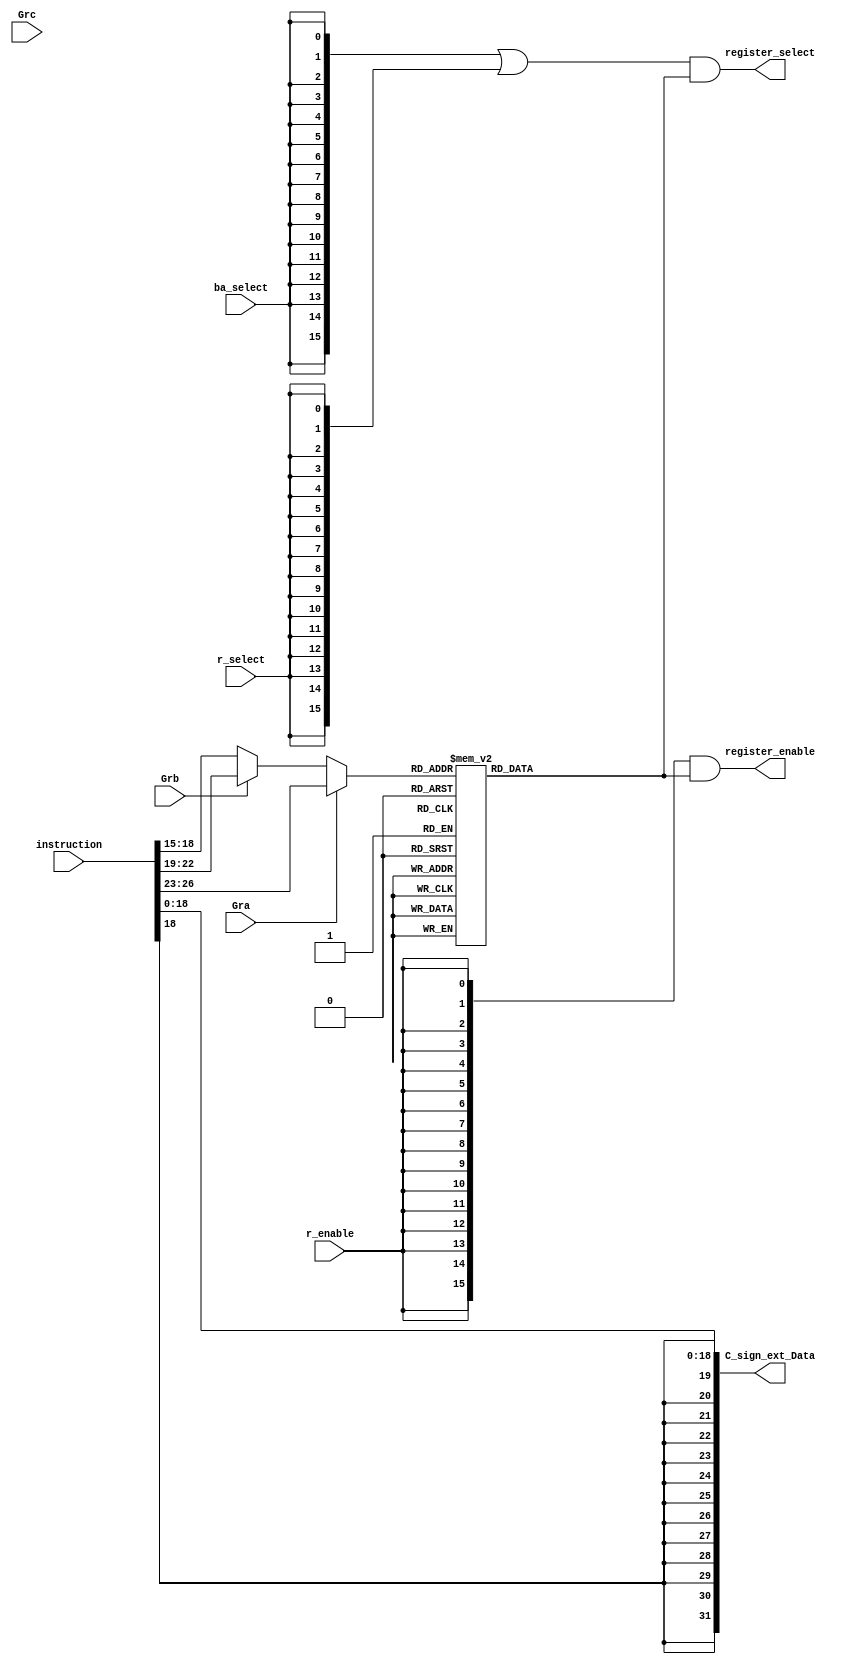
module select_encode_logic(
    // Instruction Register Data
    input [31:0] instruction,
    
    // Select and Encode Logic Control Signals
    input Gra, Grb, Grc, r_enable, r_select, ba_select,

    // Array of Enable and Select Output Signals
    output [15:0] register_enable, register_select,
    
    // Sign Extension of Constant C
    output [31:0] C_sign_ext_Data);

    // Instruction Register Content Variables
    reg [3:0] Ra, Rb, Rc;

    // 4 to 16 Decoder Input/Output Variable
    reg [3:0] decoder_input;
    reg [15:0] decoder_out;

    always @ (instruction, Gra, Grb, Grc) begin
        // Assigning Values to Instruction Register Content Variables
        Ra = instruction [26:23];        // Bit 23 -> 26 of the instruction register is register a    
        Rb = instruction [22:19];        // Bit 19 -> 22 of the instruction register is register b
        Rc = instruction [19:15];        // Bit 15 -> 19 of the instruction register is register c
        
        if (Gra) decoder_input = Ra;
        else if (Grb) decoder_input = Rb;
        else if (Grc) decoder_input = Rc;
        
        case (decoder_input)
            4'd0: decoder_out = 16'd1;
            4'd1: decoder_out = 16'd2;
            4'd2: decoder_out = 16'd4;
            4'd3: decoder_out = 16'd8;
            4'd4: decoder_out = 16'd16;
            4'd5: decoder_out = 16'd32;
            4'd6: decoder_out = 16'd64;
            4'd7: decoder_out = 16'd128;
            4'd8: decoder_out = 16'd256;
            4'd9: decoder_out = 16'd512;
            4'd10: decoder_out = 16'd1024;
            4'd11: decoder_out = 16'd2048;
            4'd12: decoder_out = 16'd4096;
            4'd13: decoder_out = 16'd8192;
            4'd14: decoder_out = 16'd16384;
            4'd15: decoder_out = 16'd32768;
        endcase
    end

    // Assigning Values to the Outputs
    assign register_enable = {16{r_enable}} & decoder_out;
    assign register_select = ({16{ba_select}} | {16{r_select}}) & decoder_out;
    assign C_sign_ext_Data = {{13{instruction[18]}}, instruction[18:0]};

endmodule